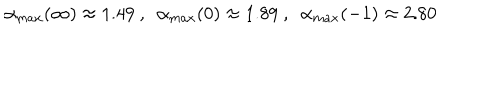
\alpha _ { m a x } ( \infty ) \approx 1 . 4 9 \ , \ \ \alpha _ { m a x } ( 0 ) \approx 1 . 8 9 \ , \ \ \alpha _ { m a x } ( - 1 ) \approx 2 . 8 0